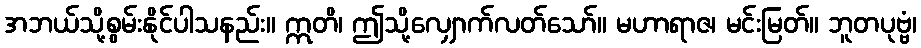
အဘယ်သို့စွမ်းနိုင်ပါသနည်း။ ဣတိ၊ ဤသို့လျှောက်လတ်သော်။ မဟာရာဇ၊ မင်းမြတ်။ ဘူတပုဗ္ဗံ၊